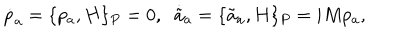
LaTeX: \dot { p } _ { a } = \{ p _ { a } , H \} _ { P } = 0 , \; \; \dot { \tilde { a } } { } _ { a } = \{ \tilde { a } _ { a } , H \} _ { P } = i M p _ { a } , \nonumber